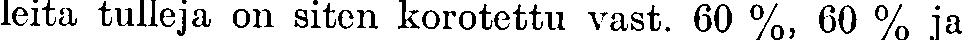
leita tulleja on siten korotettu vast. 60 %, 60 % ja